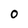
Character: O